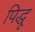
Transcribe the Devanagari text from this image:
पिद्धू